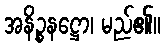
အနိဉ္စနဋ္ဌော၊ မည်၏။